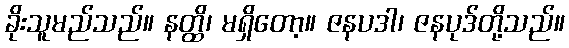
ခိုးသူမည်သည်။ နတ္ထိ၊ မရှိတော့။ ဇနပဒါ၊ ဇနပုဒ်တို့သည်။